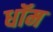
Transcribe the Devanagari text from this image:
धॉम